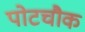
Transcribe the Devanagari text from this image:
पोटचौक